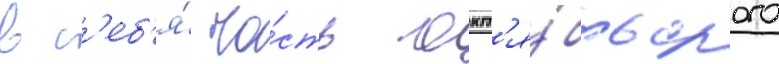
в с'еб'я́ ча́сть окт'я́брьского